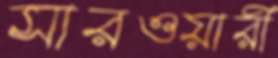
সারওয়ারী